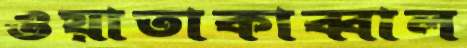
ওয়াতাকাব্বাল